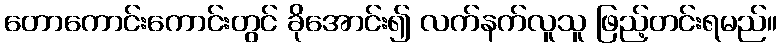
တောကောင်းကောင်းတွင် ခိုအောင်း၍ လက်နက်လူသူ ဖြည့်တင်းရမည်။